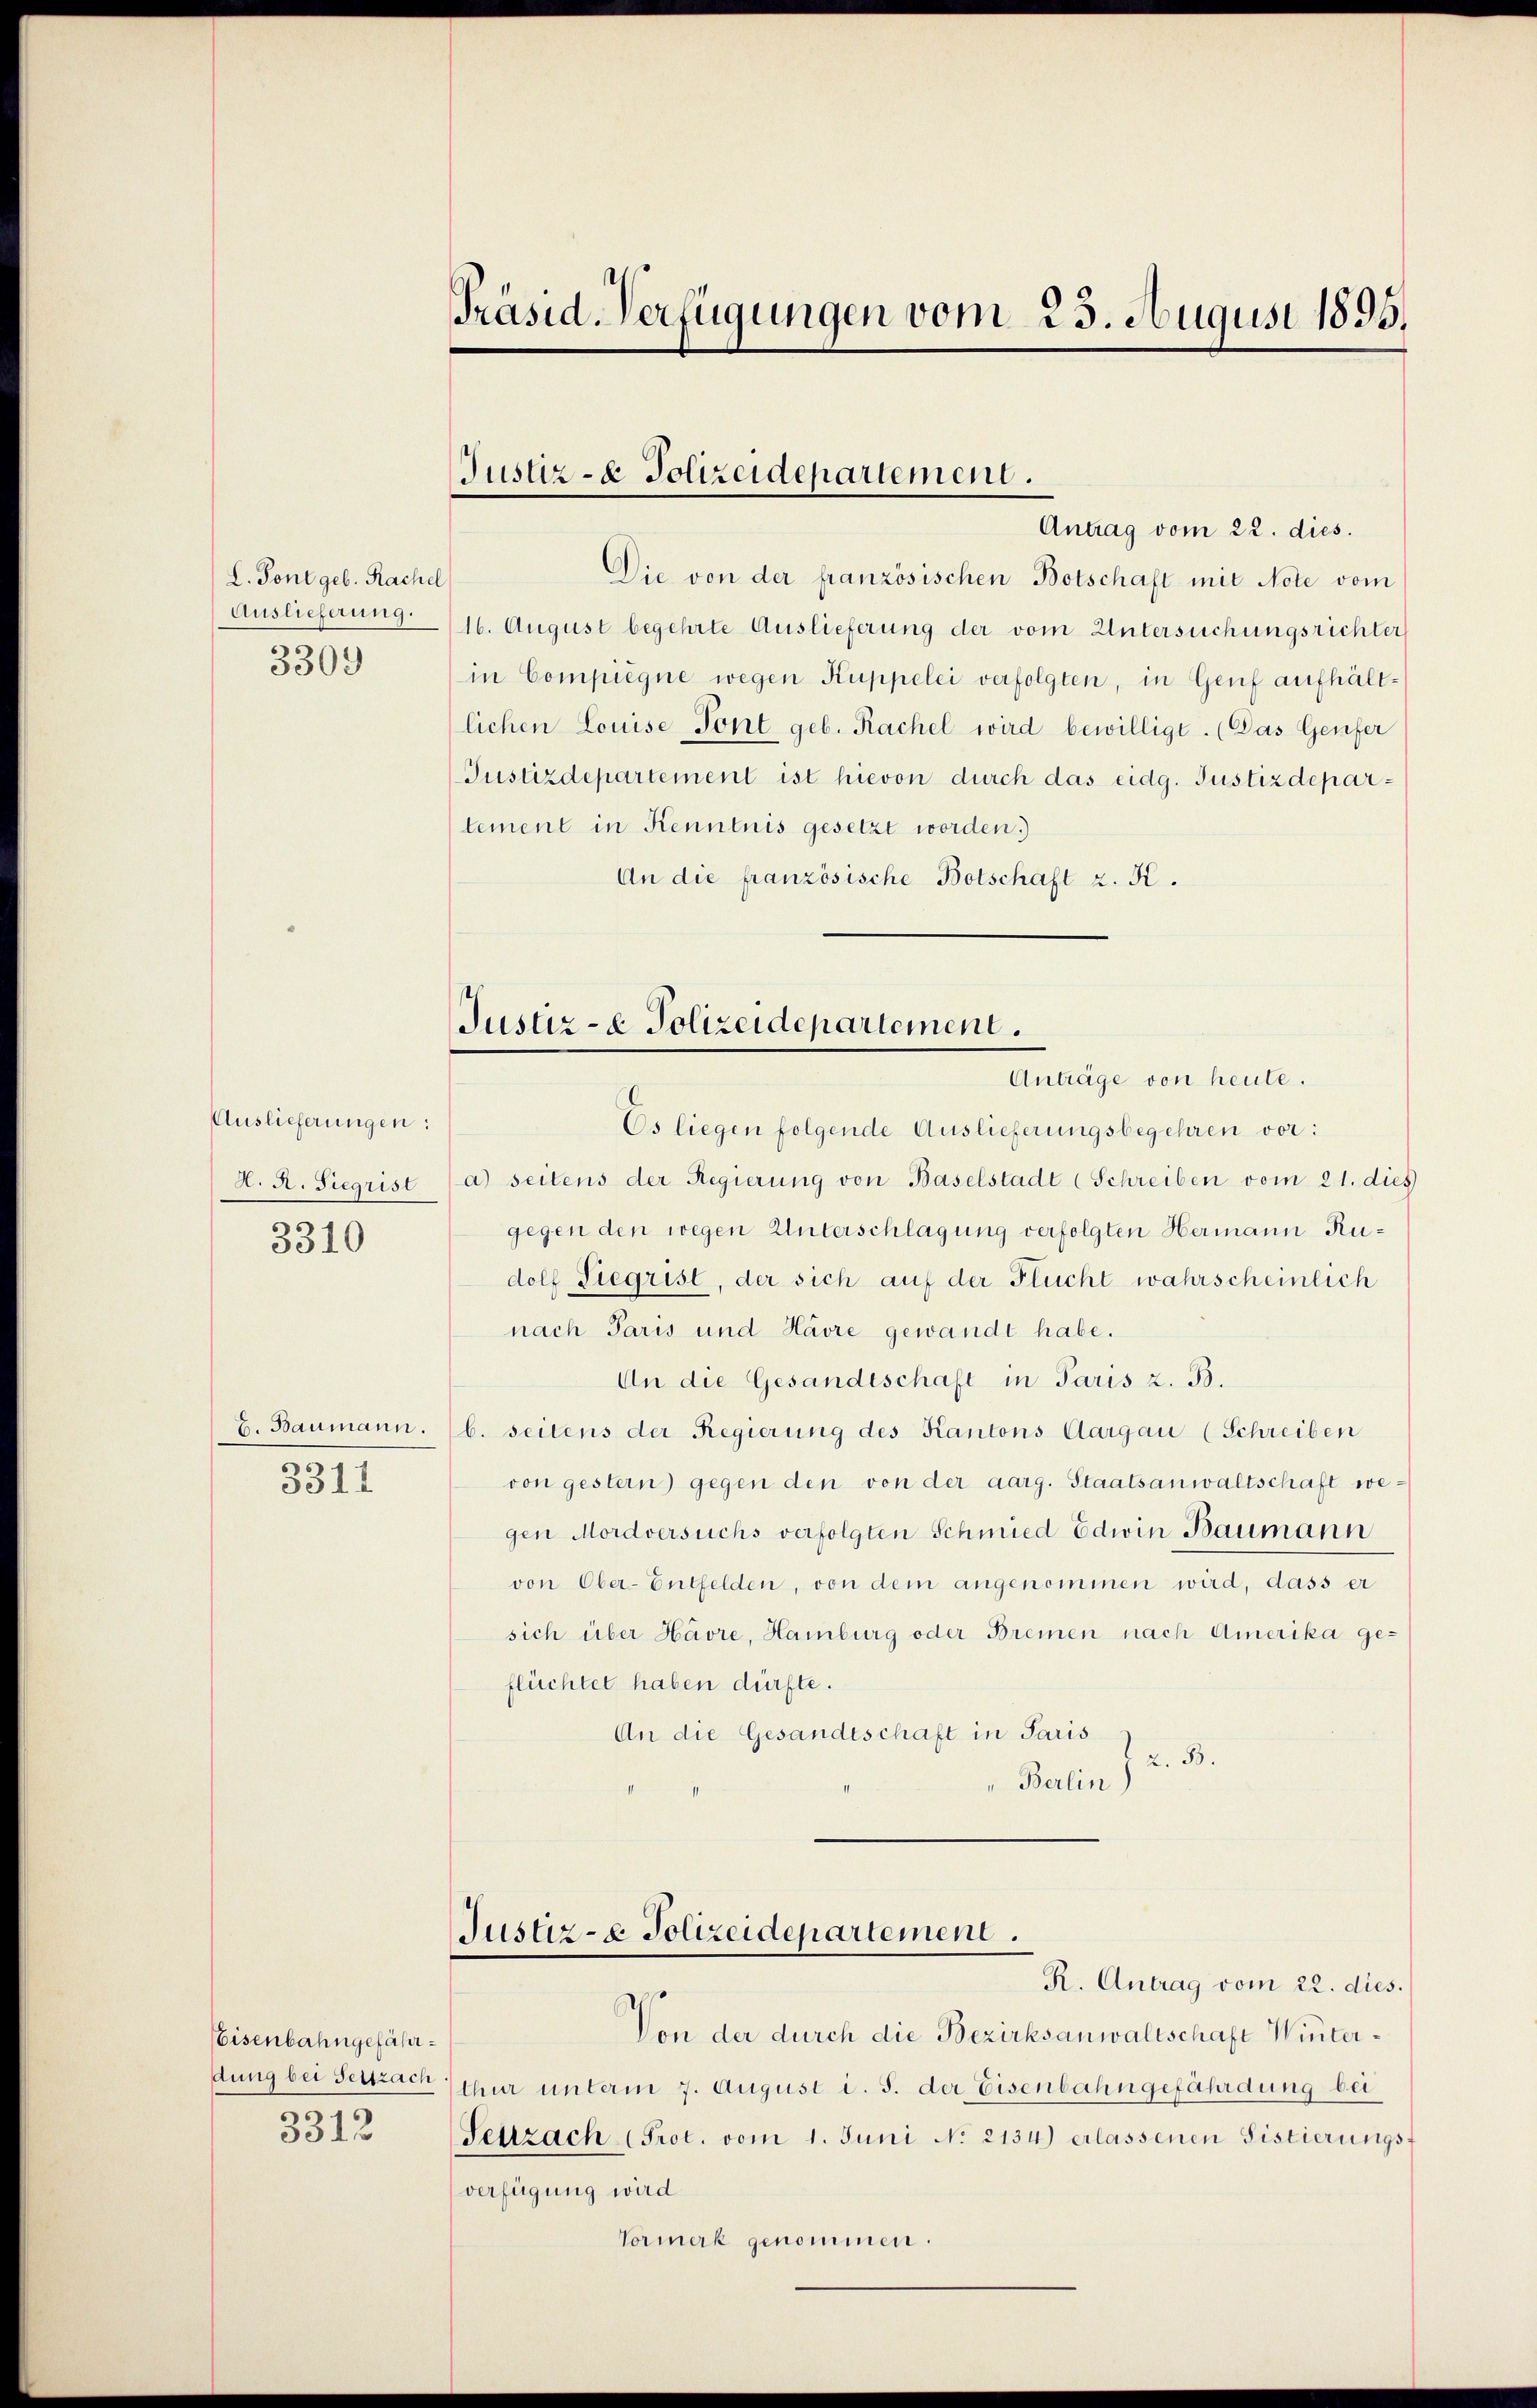
L. Pont geb. Rachel
Auslieferung.
3309

Auslieferungen:
A. A. Siegrist
3310

3311

Eisenbahngefährdung bei Seitzach
3312

Präsid. Verfügungen vom 25. August 1895.

Justiz- & Polizeidepartement.
Antrag vom 22. dies.

Die von der französischen Botschaft mit Note vom
16. August begehrte Auslieferung der vom Untersuchungsrichter
in Compiegne wegen Kuppelei verfolgten, in Genf aufhältlichen Louise Tont geb. Rachel wird bewilligt. (Das Genfer
Justizdepartement ist hievon durch das eidg. Justizdepartement in Kenntnis gesetzt worden.)
An die französische Botschaft z. K.

Justiz- & Polizeidepartement.
Anträge von heute.

Es liegen folgende Auslieferungsbegehren vor:
a) seitens der Regierung von Baselstadt (Schreiben vom 21. dies
gegen den wegen Unterschlagung verfolgten Hermann Rudolf Siegrist, der sich auf der Flucht wahrscheinlich
nach Paris und Havre gewandt habe.
An die Gesandeschaft in Paris z. B.
B. Baumann. b. seitens der Regierung des Kantons Aargau (Schreiben
von gestern) gegen den von der aarg. Staatsanwaltschaft we-
gen Mordversuchs verfolgten Schmied Edwin Baumann
von Ober-Entfelden, von dem angenommen wird, dass er
sich über Havre, Hamburg oder Bremen nach Amerika geflüchtet haben dürfte.
An die Gesandtschaft in Paris
2. 33.
Berlin

Justiz- & Polizeidepartement.
R. Antrag vom 22. dies.

Von der durch die Bezirksanwaltschaft Winterthur unterm 7. August i. S. der Eisenbahngefährdung bei
Seuzach Prot. vom 1. Juni N. 2134) erlassenen Sistierungs
verfügung wird
Vormerk genommen.